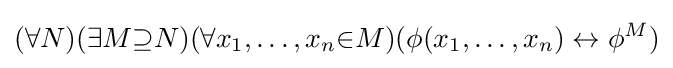
(\forall N)(\exists M{\supseteq }N)(\forall x_{1},\ldots ,x_{n}{\in }M)(\phi (x_{1},\ldots ,x_{n})\leftrightarrow \phi ^{M})